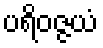
ပရိဝဇ္ဇယံ